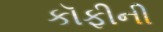
કૉફીની